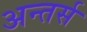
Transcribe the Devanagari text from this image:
अन्तर्स